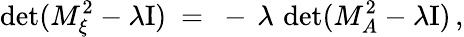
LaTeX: \operatorname*{det}(M_{\xi}^{2}-\lambda\mathrm{I})\ =\ -\, \lambda\, \operatorname*{det}(M_{A}^{2}-\lambda\mathrm{I})\, ,